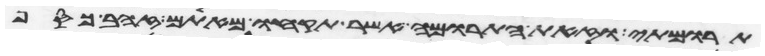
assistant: תרומתי וזאת התרומה אשר תקחו מאתם זהב כסף